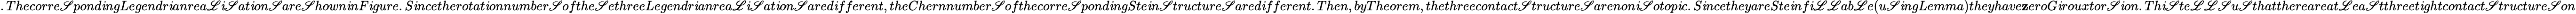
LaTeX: .Thecorre\mathscr{S}pond\mathit{i}ngLegendr\mathit{i}anrea\mathscr{L}\mathit{i}\mathscr{S}at\mathit{i}on\mathscr{S}are\mathscr{S}hown\mathit{i}nF\mathit{i}gure.S\mathit{i}ncetherotat\mathit{i}onnumber\mathscr{S}ofthe\mathscr{S}ethreeLegendr\mathit{i}anrea\mathscr{L}\mathit{i}\mathscr{S}at\mathit{i}on\mathscr{S}ared\mathit{i}fferent,theChernnumber\mathscr{S}ofthecorre\mathscr{S}pond\mathit{i}ngSte\mathit{i}n\mathscr{S}tructure\mathscr{S}ared\mathit{i}fferent.Then,byTheorem,thethreecontact\mathscr{S}tructure\mathscr{S}arenon\mathit{i}\mathscr{S}otop\mathit{i}c.S\mathit{i}ncetheyareSte\mathit{i}nf\mathit{i}\mathscr{L}\mathscr{L}ab\mathscr{L}e(u\mathscr{S}\mathit{i}ngLemma)theyhave\mathbf{z}eroG\mathit{i}rouxtor\mathscr{S}\mathit{i}on.Th\mathit{i}\mathscr{S}te\mathscr{L}\mathscr{L}\mathscr{S}u\mathscr{S}thatthereareat\mathscr{L}ea\mathscr{S}tthreet\mathit{i}ghtcontact\mathscr{S}tructure\mathscr{S}on